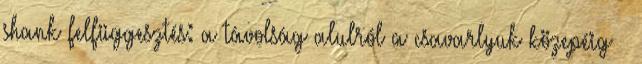
shank felfüggesztés: a távolság alulról a csavarlyuk közepéig ½